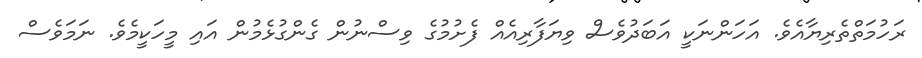
ރަހުމަތްތެރިޔާއެވެ. އަހަންނަކީ އަބަދުވެސް ވިޔަފާރިއެއް ފެށުމުގެ ވިސްނުން ގެންގުޅެމުން އައި މީހަކީމެވެ. ނަމަވެސް